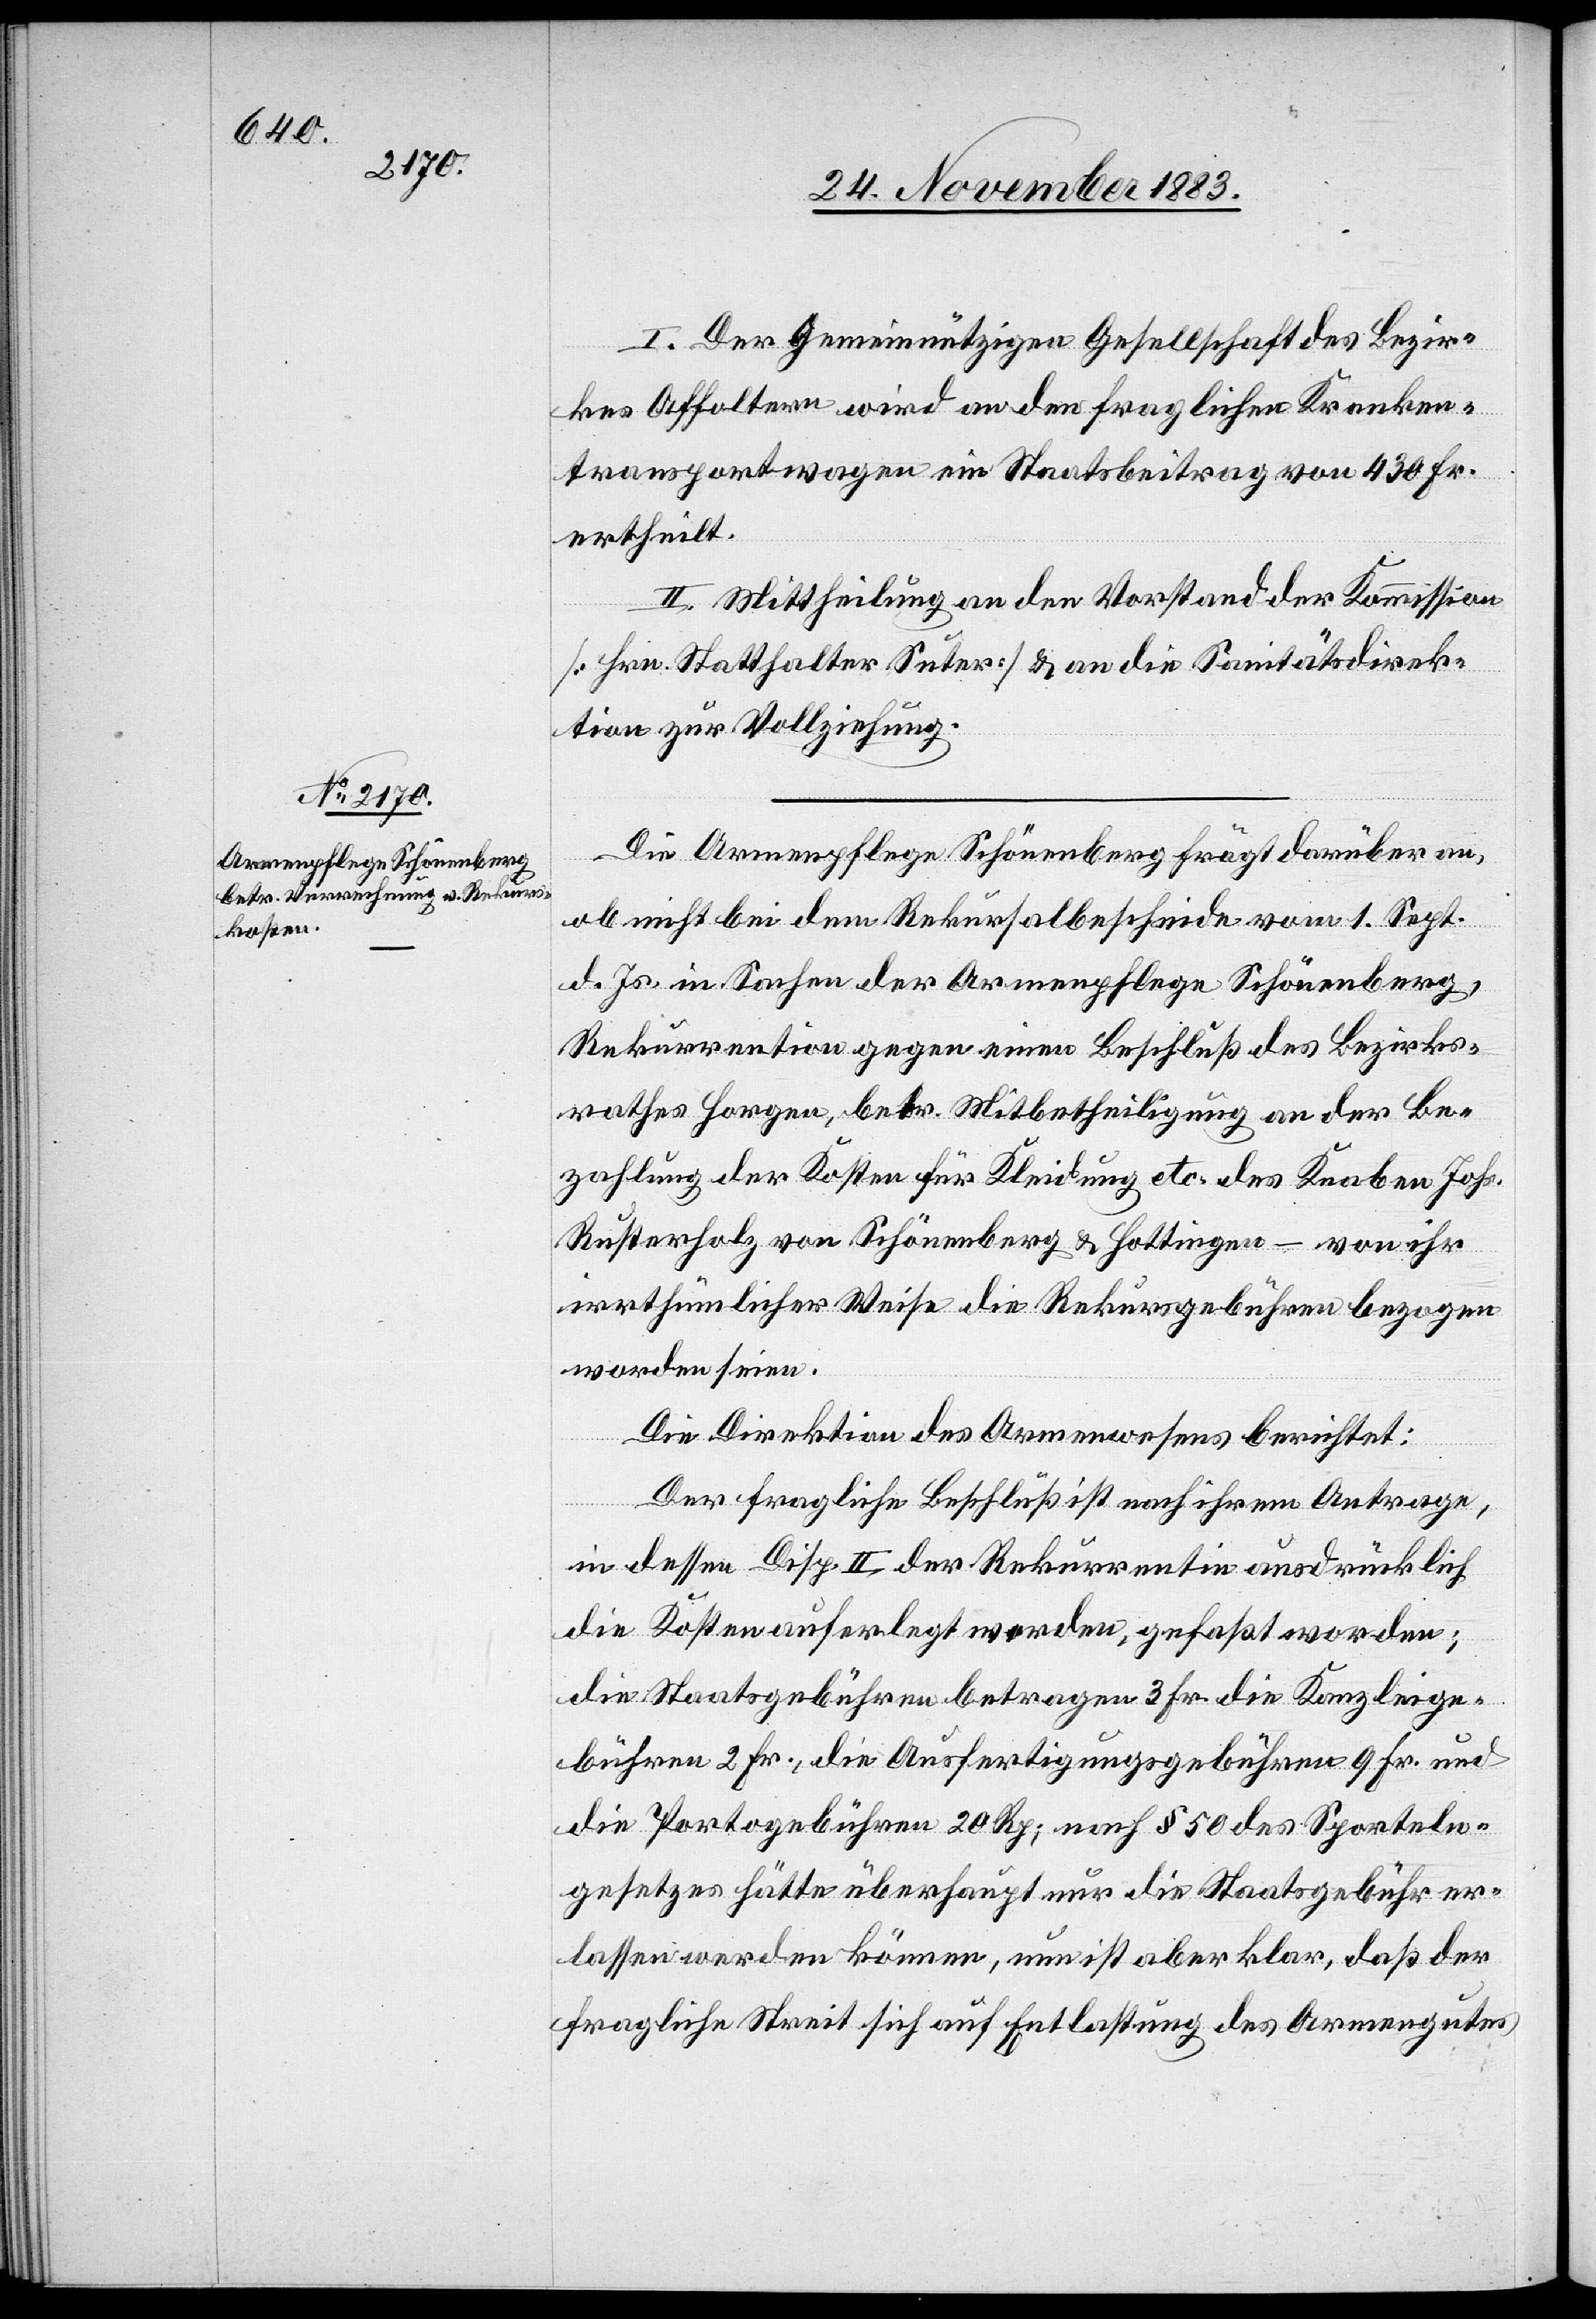
I. Der Gemeinnützigen Gesellschaft des Bezir¬
kes Affoltern wird an den fraglichen Kranken¬
transportwagen ein Staatsbeitrag von 430 Fr.
ertheilt.
II. Mittheilung an den Vorstand der Kommission
[Hrn. Statthalter Suter] & an die Sanitätsdirek¬
tion zur Vollziehung.
Die Armenpflege Schönenberg frägt darüber an,
ob nicht bei dem Rekursalbescheide vom 1. Sept.
d. Js. in Sachen der Armenpflege Schönenberg,
Rekurrentin] gegen einen Beschluß des Bezirks¬
rathes Horgen, betr. Mitbetheiligung an der Be¬
zahlung der Kosten für Kleidung etc. des Knaben Johs.
Rusterholz von Schönenberg & Hottingen – von ihr
irrthümlicher Weise die Rekursgebühren bezogen
worden seien.
Die Direktion des Armenwesens berichtet:
Der fragliche Beschluß ist nach ihrem Antrage,
in dessen Disp. II. der Rekurrentin ausdrücklich
die Kosten auferlegt worden, gefaßt worden;
die Staatsgebühren betragen 3 Fr. die Kanzleige¬
bühren 2 Fr., die Ausfertigungsgebühren 9 Fr. und
die Portogebühren 20 Rp.; nach § 50 des Sporteln¬
gesetzes hätte überhaupt nur die Staatsgebühr er¬
lassen werden können, nun ist aber klar, daß der
fragliche Streit sich auf Entlastung des Armengutes